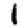
Digit: 1